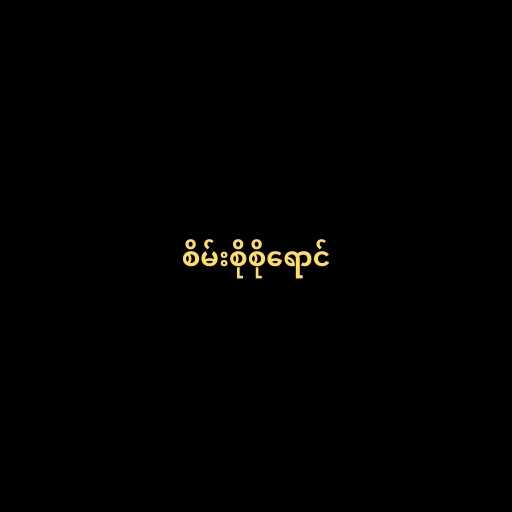
စိမ်းစိုစိုရောင်